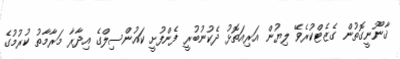
ޤާނޫނީގޮތުން ގެޒެޓްކުރެވޭ ލިޔުން އަރިއަތޮޅު ދެކުނުބުރީ ފެންފުށީ ކައުންސިލްގެ އިދާރާ މަރާމާތު ކުރުމުގެ